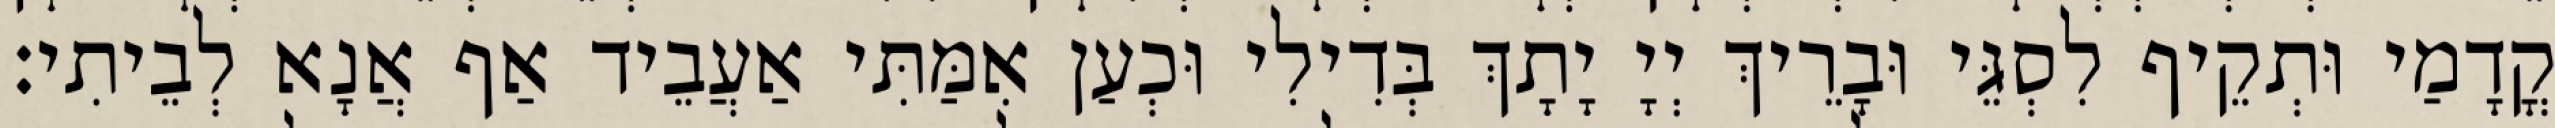
קֳדָמַי וּתְקֵיף לִסְגֵּי וּבָרֵיךְ יְיָ יָתָךְ בְּדִילִי וּכְעַן אִמַּתִּי אַעֲבֵיד אַף אֲנָא לְבֵיתִי׃